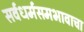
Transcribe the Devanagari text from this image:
सर्वधर्मसमभावाचा